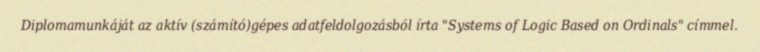
Diplomamunkáját az aktív (számító)gépes adatfeldolgozásból írta "Systems of Logic Based on Ordinals" címmel.